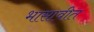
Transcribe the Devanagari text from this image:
भासावीत